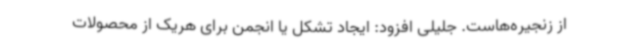
از زنجیره‌هاست. جلیلی افزود: ایجاد تشکل یا انجمن برای هریک از محصولات